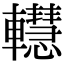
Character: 䡺